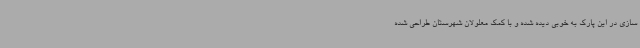
سازی در این پارک به خوبی دیده شده و با کمک معلولان شهرستان طراحی شده